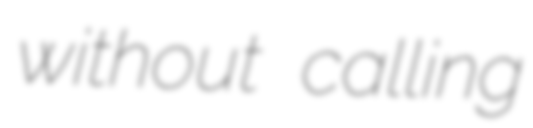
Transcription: without calling